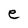
Character: e